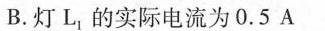
B.灯L_{1}的实际电流为0.5A